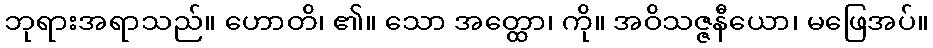
ဘုရားအရာသည်။ ဟောတိ၊ ၏။ သော အတ္ထော၊ ကို။ အဝိသဇ္ဇနီယော၊ မဖြေအပ်။